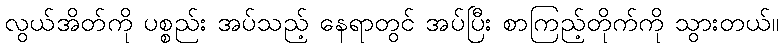
လွယ်အိတ်ကို ပစ္စည်း အပ်သည့် နေရာတွင် အပ်ပြီး စာကြည့်တိုက်ကို သွားတယ်။